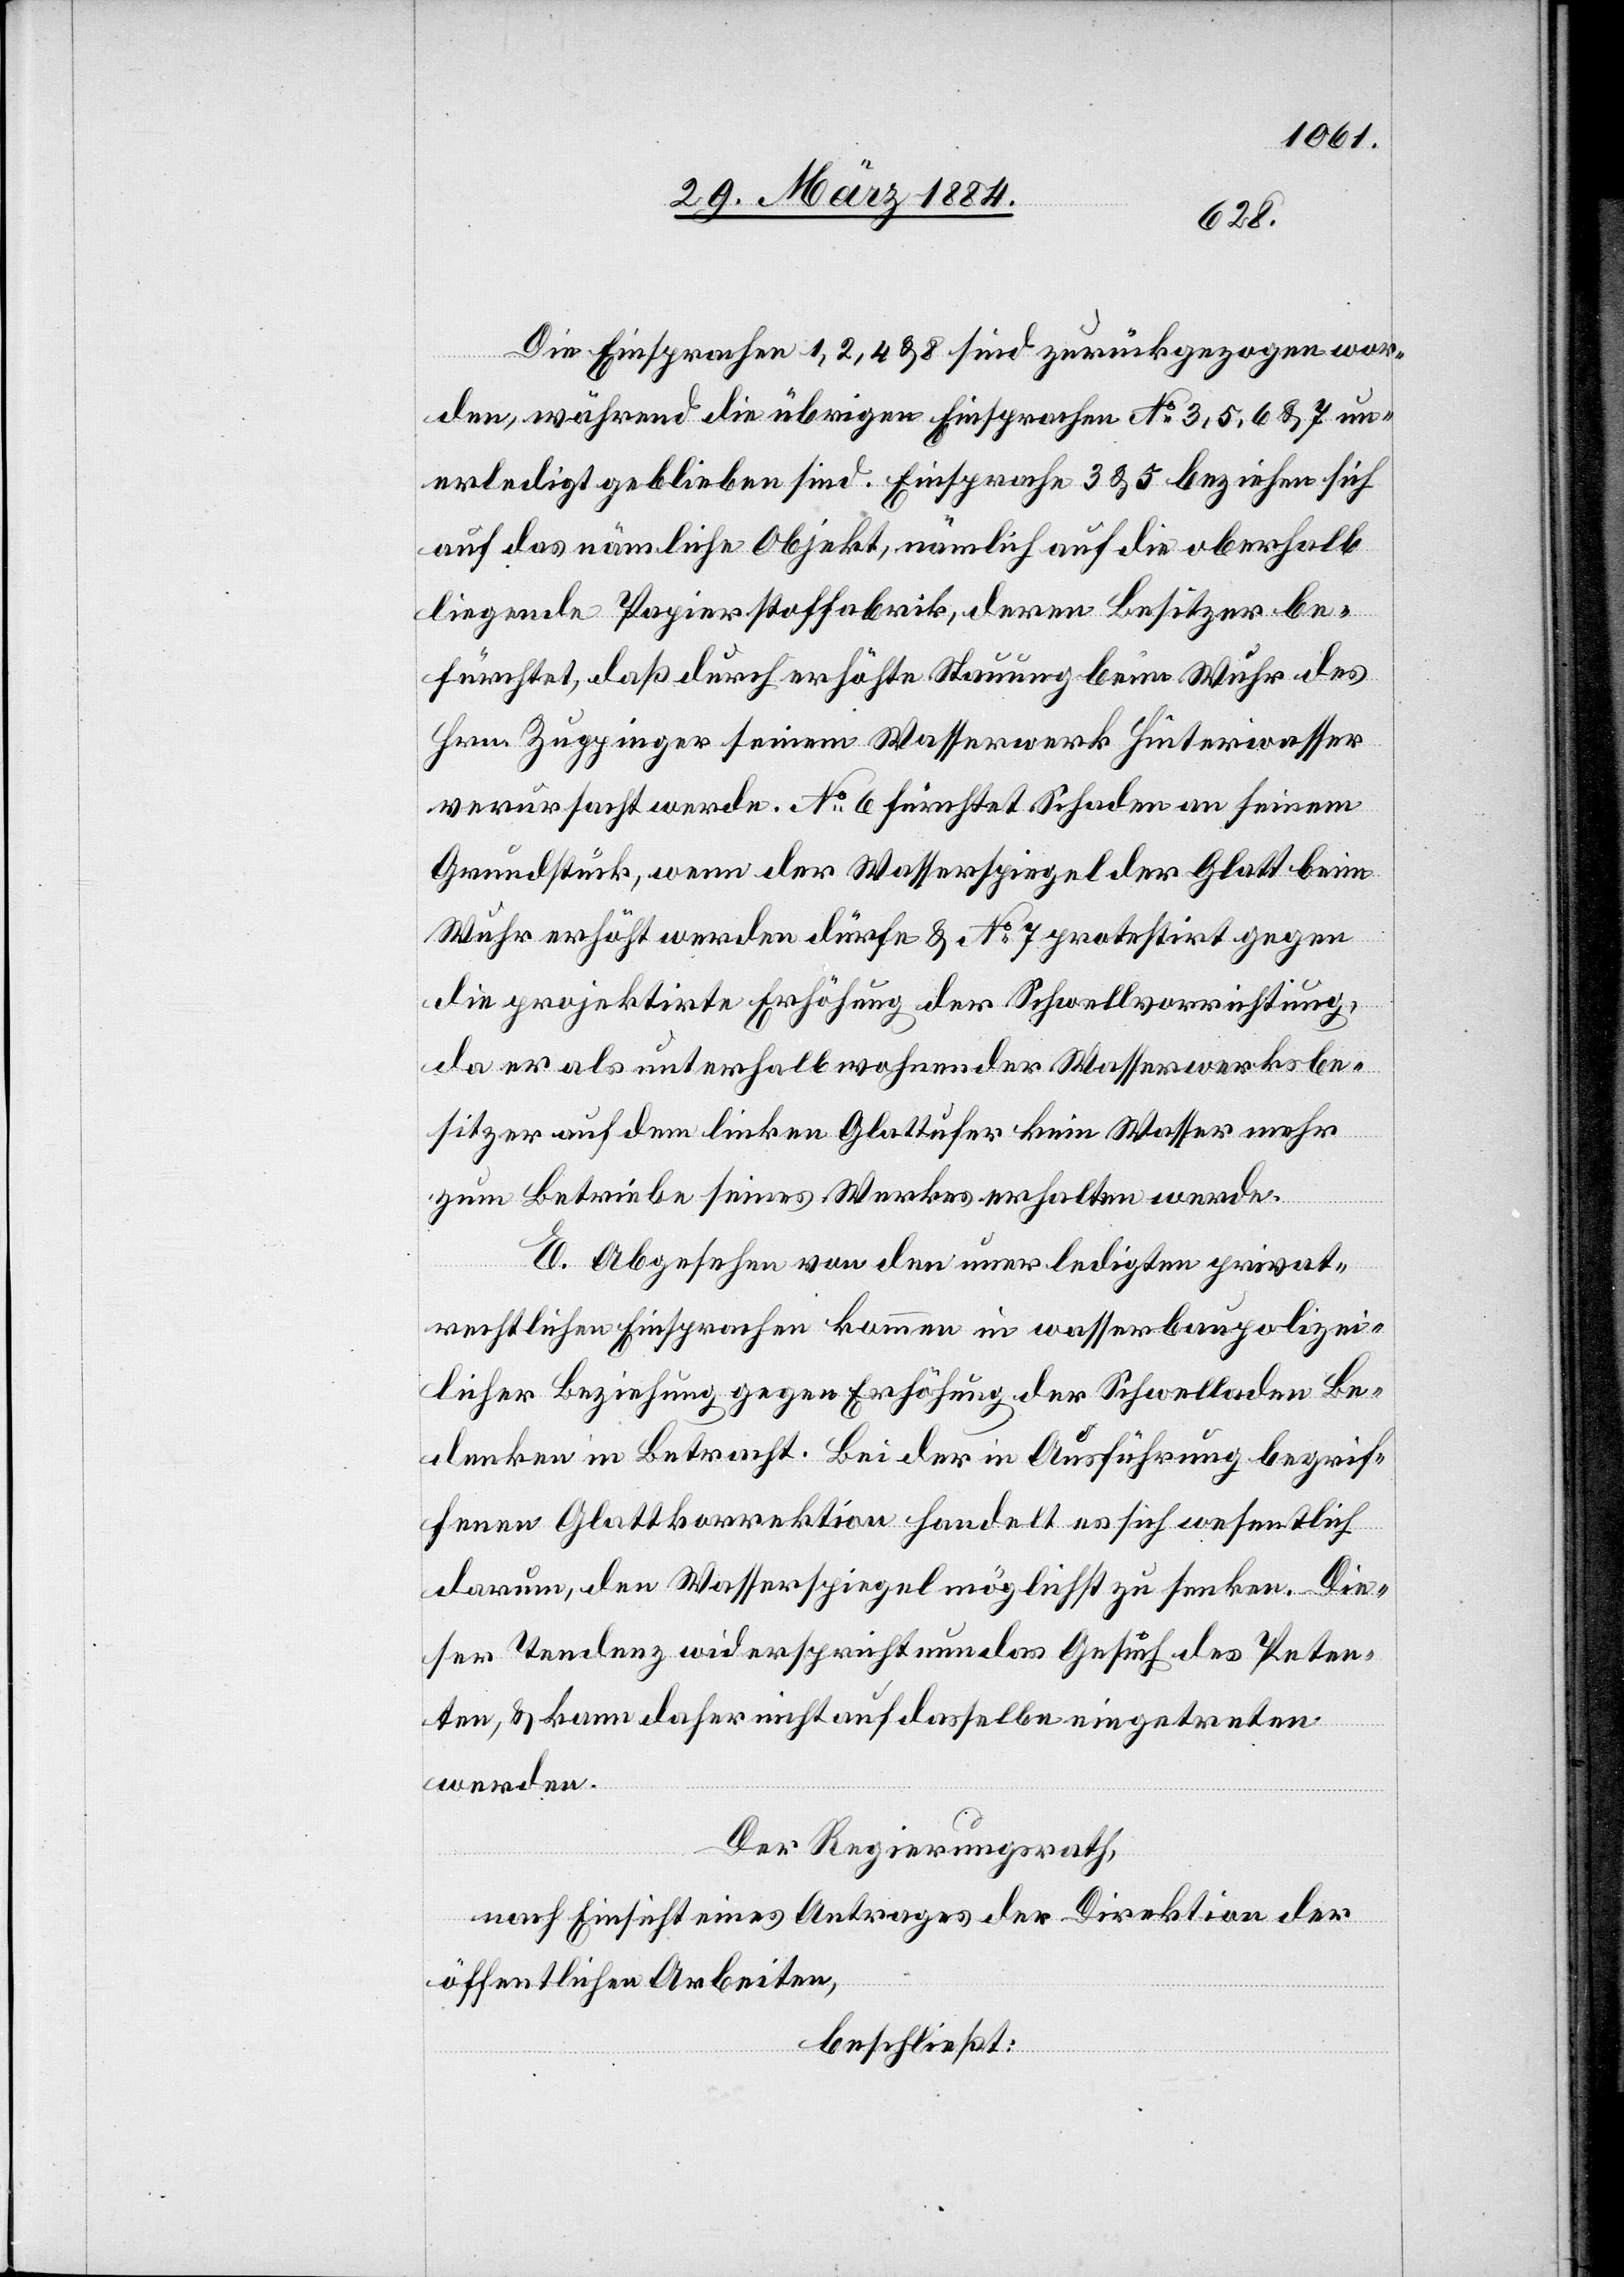
Die Einsprachen 1, 2, 4 & 8 sind zurückgezogen wor¬
den, während die übrigen Einsprachen No 3, 5, 6 & 7 un¬
erledigt geblieben sind. Einsprachen 3 & 5 beziehen sich
auf das nämliche Objekt, nämlich auf die oberhalb
liegende Papierstoff[f]abrik, deren Besitzer be¬
fürchtet, daß durch erhöhte Stauung beim Wuhr des
Hrn. Zuppinger seinem Wasserwerk Hinterwasser
verursacht werde. No 6 fürchtet Schaden an seinem
Grundstück, wenn der Wasserspiegel der Glatt beim
Wuhr erhöht werden dürfe & No 7 protestirt gegen
die projektirte Erhöhung der Schwellvorrichtung,
da er als unterhalb wohnender Wasserwerksbe¬
sitzer auf dem linken Glattufer kein Wasser mehr
zum Betriebe seines Werkes erhalten werde.
E. Abgesehen von den unerledigten privat¬
rechtlichen Einsprachen kommen in wasserbaupolizei¬
licher Beziehung gegen Erhöhung der Schwellladen Be¬
denken in Betracht. Bei der in Ausführung begrif¬
fenen Glattkorrektion handelt es sich wesentlich
darum, den Wasserspiegel möglichst zu senken. Die¬
ser Tendenz widerspricht nun das Gesuch des Peten¬
ten, & kann daher nicht auf dasselbe eingetreten
werden.
Der Regierungsrath,
nach Einsicht eines Antrages der Direktion der
öffentlichen Arbeiten,
beschließt: